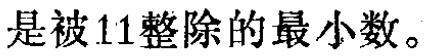
是被\(11\)整除的最小数。